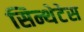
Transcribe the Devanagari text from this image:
सिन्थेटेस